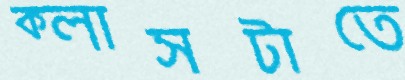
ক্লাসটাতে